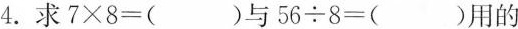
4. 求$$7 \times 8 = ( )$$与$$5 6 \div 8 = ( )$$用的